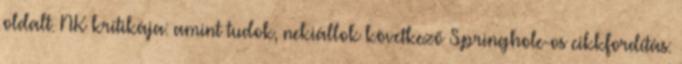
oldalt. NK kritikája: amint tudok, nekiállok következő Springhole-os cikkfordítás: